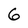
Character: 6